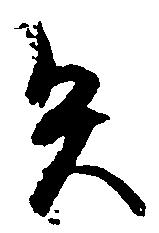
矢